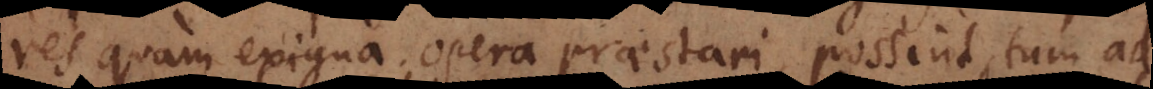
res quam exigua opera praestari possint, tum ad